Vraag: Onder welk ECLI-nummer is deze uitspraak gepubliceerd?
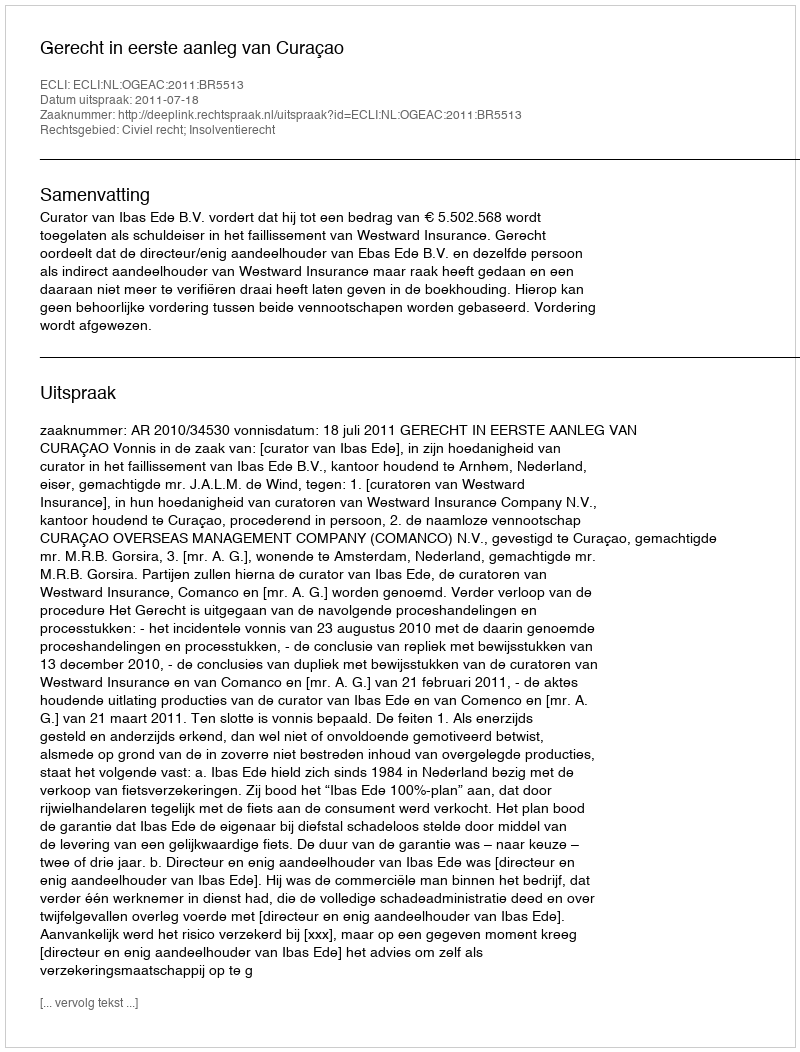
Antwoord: ECLI:NL:OGEAC:2011:BR5513